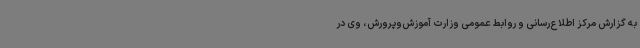
به گزارش مرکز اطلاع‌رسانی و روابط عمومی وزارت آموزش‌وپرورش، وی در